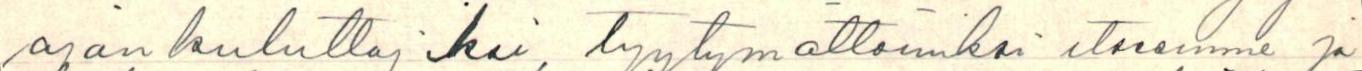
ajan kuluttajiksi, tyytymättömiksi itseemme ja